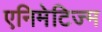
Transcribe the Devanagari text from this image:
एनिमेटिज्म